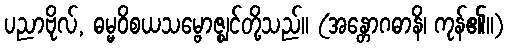
ပညာဗိုလ်, ဓမ္မဝိစယသမ္ဗောဇ္ဈင်တို့သည်။ (အန္တောဂဓာနိ၊ ကုန်၏။)